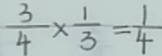
\frac { 3 } { 4 } \times \frac { 1 } { 3 } = \frac { 1 } { 4 }